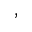
,